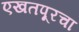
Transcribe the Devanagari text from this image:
एखतपूरचा